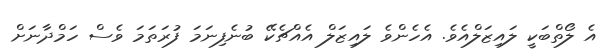
އެ ލޯތްބަކީ ލައިޒަލްއެވެ. އެހެންވެ ލައިޒަލް އެއްޗެކޭ ބުނެފިނަމަ ފުރަތަމަ ވެސް ހަމްދާނަށް